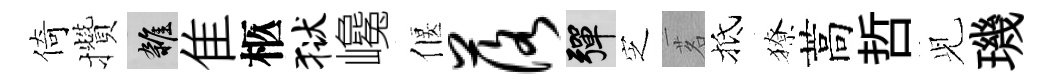
倚攢雜隹柩狱巉偃落彈㝎茗抵獠蒿哲𫤗璣